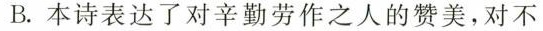
B. 本诗表达了对辛勤劳作之人的赞美，对不